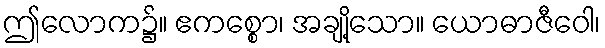
ဤလောက၌။ ဧကစ္စော၊ အချို့သော။ ယောဓာဇီဝေါ၊